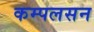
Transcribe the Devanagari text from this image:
कम्पलसन